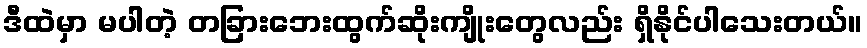
ဒီထဲမှာ မပါတဲ့ တခြားဘေးထွက်ဆိုးကျိုးတွေလည်း ရှိနိုင်ပါသေးတယ်။